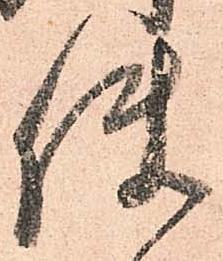
使